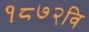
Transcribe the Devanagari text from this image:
१८७२वि